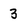
Character: 3